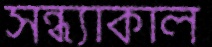
সন্ধ্যাকাল